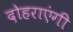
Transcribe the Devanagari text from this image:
दोहराएंगी